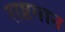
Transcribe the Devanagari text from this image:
राष्टगान